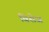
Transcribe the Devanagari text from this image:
विशेज